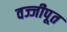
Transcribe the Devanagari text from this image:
वज्जीपूत